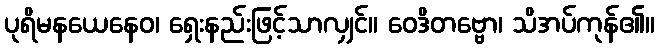
ပုရိမနယေနေဝ၊ ရှေးနည်းဖြင့်သာလျှင်။ ဝေဒိတဗ္ဗော၊ သိအပ်ကုန်၏။